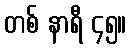
တစ် နာရီ ၄၅။